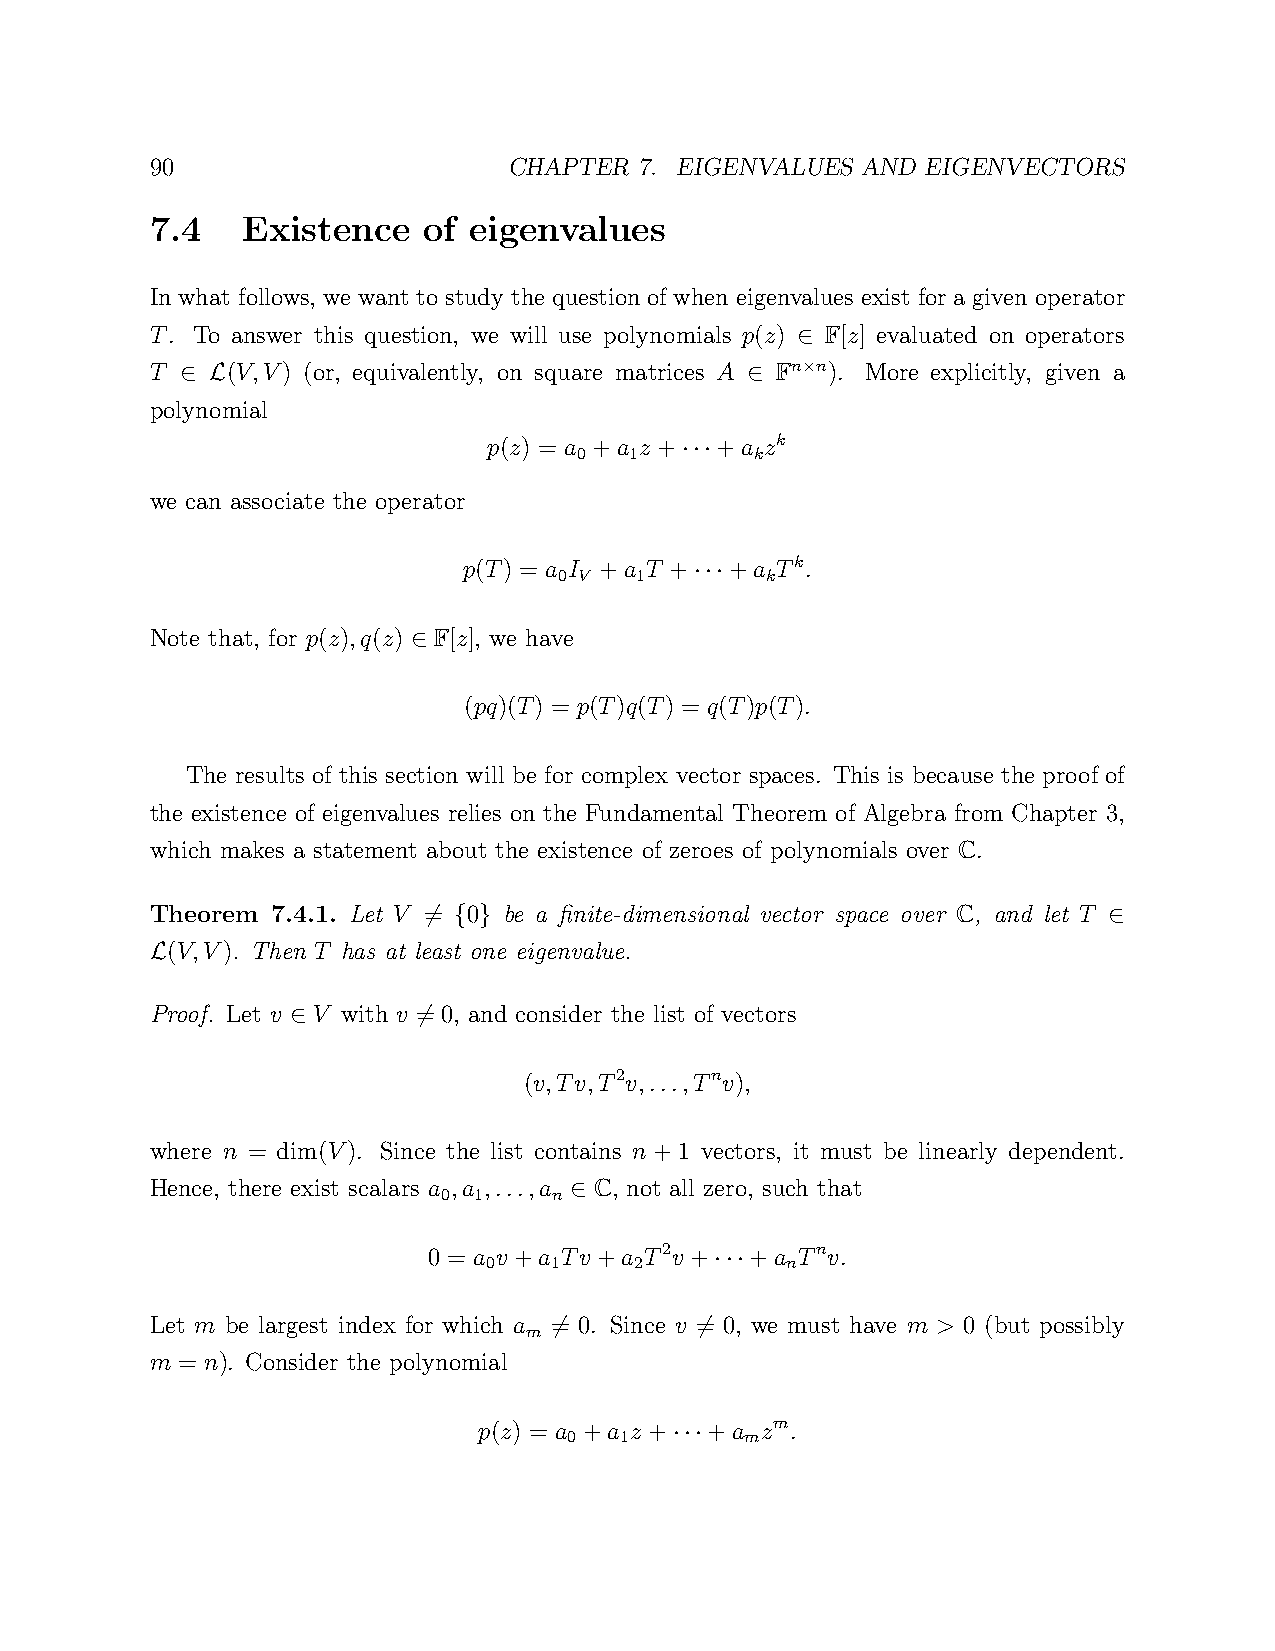
90                      CHAPTER 7. EIGENVALUES AND EIGENVECTORS
 7.4   Existence   of eigenvalues
 In what follows, we want to study the question of when eigenvalues exist for a given operator
 T. To answer this question, we will use polynomials p(z) F[z] evaluated on operators
 ∈
 T    (V,V) (or, equivalently, on square matrices A Fn n). More explicitly, given a
 ×
 ∈ L                                  ∈
 polynomial
 p(z) = a +a z + +a zk
 0   1       k
 ···
 we can associate the operator
 p(T) = a I +a T + +a Tk.
 0 V  1        k
 ···
 Note that, for p(z),q(z) F[z], we have
 ∈
 (pq)(T) = p(T)q(T) = q(T)p(T).
 The results of this section will be for complex vector spaces. This is because the proof of
 the existence of eigenvalues relies on the Fundamental Theorem of Algebra from Chapter 3,
 which makes a statement about the existence of zeroes of polynomials over C.
 Theorem 7.4.1. Let V = 0 be a finite-dimensional vector space over C, and let T
 6 { }                                        ∈
 (V,V). Then T has at least one eigenvalue.
 L
 Proof. Let v V with v = 0, and consider the list of vectors
 ∈        6
 (v,Tv,T2v,...,Tnv),
 where n = dim(V). Since the list contains n + 1 vectors, it must be linearly dependent.
 Hence, there exist scalars a ,a ,...,a C, not all zero, such that
 0 1     n
 ∈
 0 = a v +a Tv +a T2v + +a Tnv.
 0   1     2         n
 ···
 Let m be largest index for which a = 0. Since v = 0, we must have m > 0 (but possibly
 m
 6         6
 m = n). Consider the polynomial
 p(z) = a +a z + +a zm.
 0  1       m
 ···